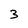
Character: 3